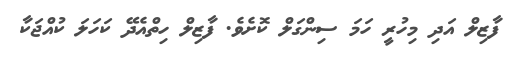
ފާޒިލް އަދި މިހުރީ ހަމަ ސިންގަލް ކޮށެވެ. ފާޒިލް ހިތްއެދޭ ކަހަލަ ކުއްޖަކާ